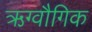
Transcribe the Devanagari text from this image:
ऋग्वौगिक